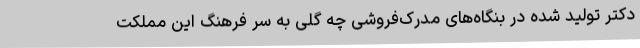
دکترِ تولید شده در بنگاه‌های مدرک‌فروشی چه گُلی به سر فرهنگ این مملکت